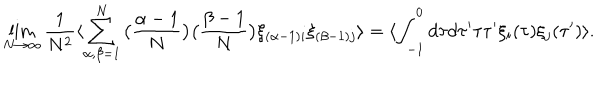
LaTeX: \lim _ { N \rightarrow \infty } \frac { 1 } { N ^ { 2 } } \langle \sum _ { \alpha , \beta = 1 } ^ { N } \big ( \frac { \alpha - 1 } { N } \big ) \big ( \frac { \beta - 1 } { N } \big ) \xi _ { ( \alpha - 1 ) i } \xi _ { ( \beta - 1 ) j } \rangle = \langle \int _ { - 1 } ^ { 0 } d \tau d \tau ^ { \prime } \tau \tau ^ { \prime } \xi _ { i } ( \tau ) \xi _ { j } ( \tau ^ { \prime } ) \rangle .